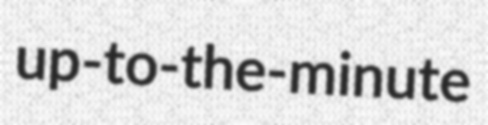
up-to-the-minute